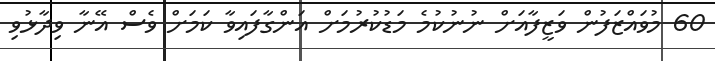
60 މުވައްޒަފުން ވަޒީފާއަށް ނުނުކުމެ މަޑުކުރުމަށް އަންގާފައިވާ ކަމަށް ވެސް އޭނާ ވިދާޅުވި